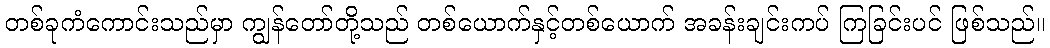
တစ်ခုကံကောင်းသည်မှာ ကျွန်တော်တို့သည် တစ်ယောက်နှင့်တစ်ယောက် အခန်းချင်းကပ် ကြခြင်းပင် ဖြစ်သည်။